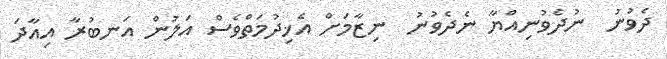
ދެވުނު  ނުދެވުނިއްޔާ ނެދެވުނު  ނިޒާމަށް އެޚިދުމަތްވެސް އަލުން އަނބުރާ އިއާދަ